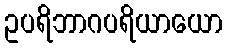
ဥပရိဘာဂပရိယာယော